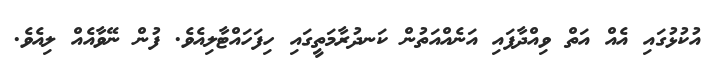
އުކުޅުގައި އެއް އަތް ވިއްދާފައި އަނެއްއަތުން ކަނދުރާމަތީގައި ހިފަހައްޓާލިއެވެ. ފުން ނޭވާއެއް ލިއެވެ.